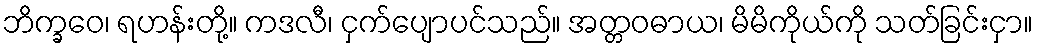
ဘိက္ခဝေ၊ ရဟန်းတို့။ ကဒလီ၊ ငှက်ပျောပင်သည်။ အတ္တဝဓာယ၊ မိမိကိုယ်ကို သတ်ခြင်းငှာ။